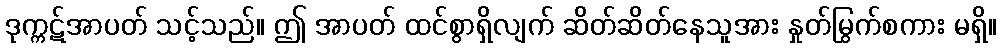
ဒုက္ကဋ်အာပတ် သင့်သည်။ ဤ အာပတ် ထင်စွာရှိလျက် ဆိတ်ဆိတ်နေသူအား နှုတ်မြွက်စကား မရှိ။